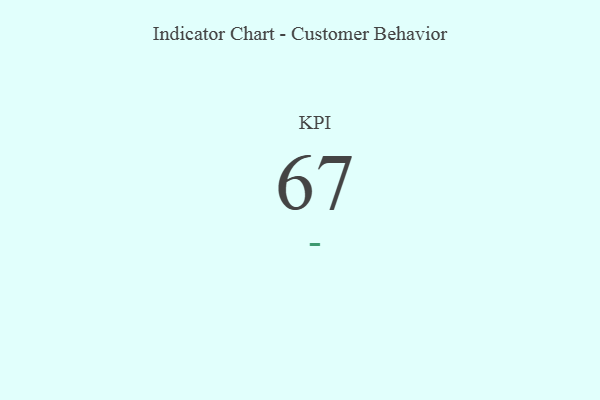
{"axis": {"x": "KPI", "y": "Value"}, "legend": [""], "data": [{"x": "KPI", "y": 67, "type": ""}]}